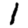
Digit: 1